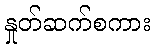
နှုတ်ဆက်စကား